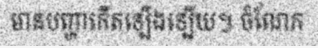
មានបញ្ហាកើតឡើងឡើយ។ ចំណែក